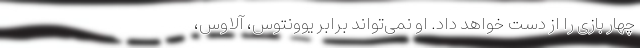
چهار بازی را از دست خواهد داد. او نمی‌تواند برابر یوونتوس، آلاوس،